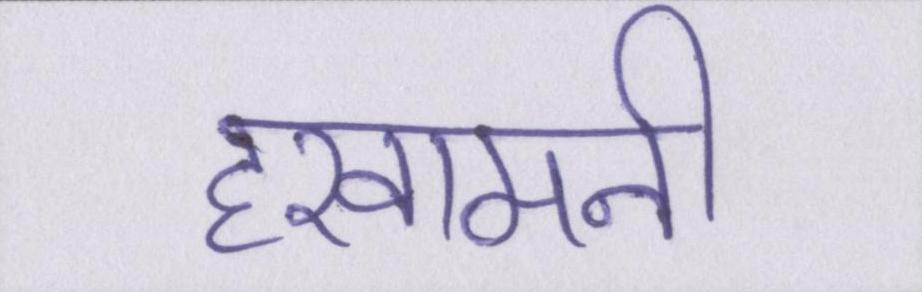
हखामनी